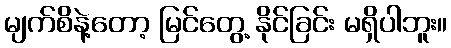
မျက်စိနဲ့တော့ မြင်တွေ့ နိုင်ခြင်း မရှိပါဘူး။